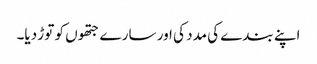
اپنے بندے کی مدد کی اور سارے جتھوں کو توڑ دیا۔